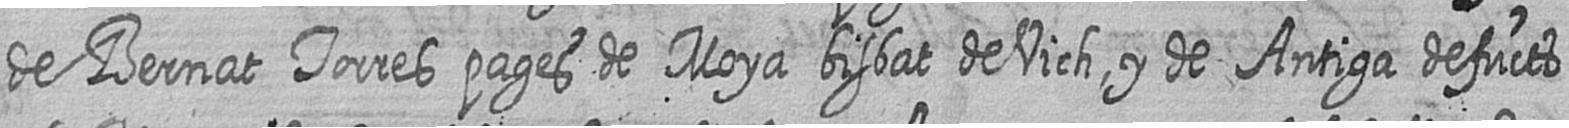
de Bernat Torres pages de Moya bisbat de Vich y de Antiga defucts